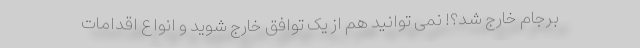
برجام خارج شد؟! نمی توانید هم از یک توافق خارج شوید و انواع اقدامات